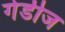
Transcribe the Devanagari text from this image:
गेडीज